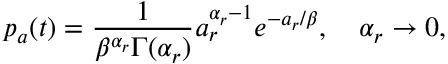
p _ { a } ( t ) = \frac { 1 } { \beta ^ { \alpha _ { r } } \Gamma ( \alpha _ { r } ) } a _ { r } ^ { \alpha _ { r } - 1 } e ^ { - a _ { r } / \beta } , \quad \alpha _ { r } \to 0 ,